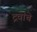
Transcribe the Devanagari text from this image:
द्रवांचे